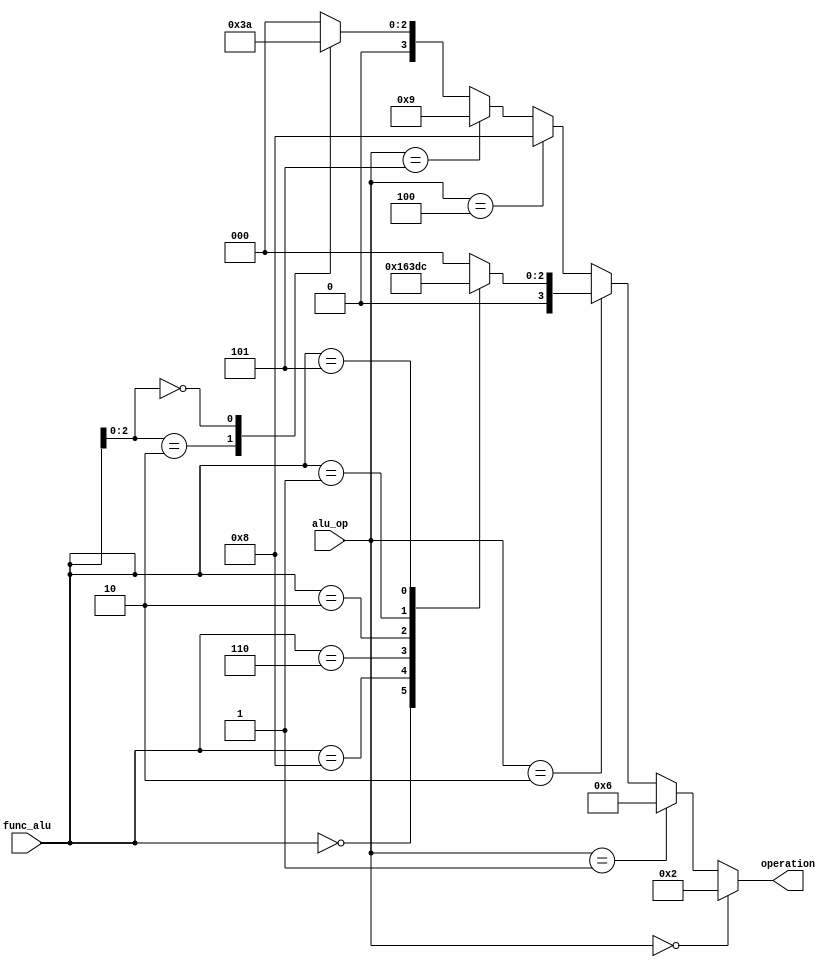
module alu_controller (alu_op, func_alu, operation);
  input [2:0] alu_op;
  input [3:0] func_alu;
  output [3:0] operation;
  reg [3:0] operation;
  ////////////////////
  always @(alu_op, func_alu)
  begin
    operation = 4'b0000;
    if (alu_op == 3'b000)        // ld or sd  
      operation = 4'b0010;
    else if (alu_op == 3'b001)   // beq
      operation = 4'b0110;
    else if(alu_op ==3'b010)
      begin
        case (func_alu)
          4'b0000: operation = 4'b0010;  // add
          4'b1000: operation = 4'b0110;  // sub
          4'b0111: operation = 4'b0000;  // and
          4'b0110: operation = 4'b0001;  // or
          4'b0010: operation = 4'b0111;  // slt 
          4'b0001: operation = 4'b0011; //sll
          4'b0101: operation = 4'b0100; //srl
          default:   operation = 4'b0000;
        endcase
      end
      
    else if(alu_op==3'b100) operation = 4'b1000;   //2*IM+PCout-4 
    else if(alu_op==3'b101) operation = 4'b1001;   //alures+2*rs1
      
    else  // i type
     begin
       case (func_alu[2:0])
       3'b010:   operation =4'b0111; //slti
       3'b000:   operation =4'b0010; //addi
     endcase
     end
      
     
  end
  
endmodule